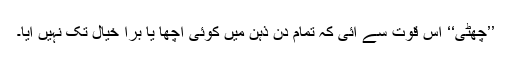
’’چھٹی‘‘ اس قوت سے آئی کہ تمام دن ذہن میں کوئی اچھا یا بُرا خیال تک نہیں آیا۔